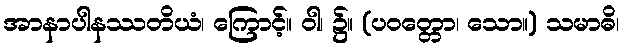
အာနာပါနဿတိယံ၊ ကြောင့်။ ဝါ၊ ၌။ (ပဝတ္တော၊ သော။) သမာဓိ၊